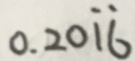
0 . 2 0 \dot { 1 } \dot { 6 }